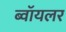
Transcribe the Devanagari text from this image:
ब्वॉयलर